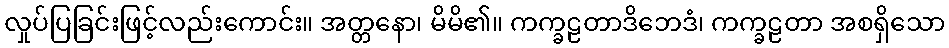
လှုပ်ပြခြင်းဖြင့်လည်းကောင်း။ အတ္တနော၊ မိမိ၏။ ကက္ခဠတာဒိဘေဒံ၊ ကက္ခဠတာ အစရှိသော